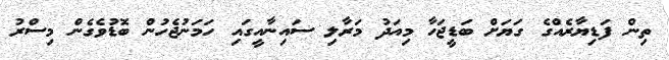
ތިން ފަޑިޔާރެއްގެ ގަޔަށް ބަޑީޖަހާ މިއަދު މަރާލި ސައިނާއީގައި ހަމަނުޖެހުން ބޮޑުވެގެން މިސްރު